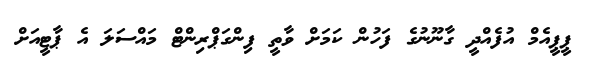
ޕީޕީއެމް އުފެއްދީ ގާނޫނުގެ ފަހުން ކަމަށް ވާތީ ފިންގަޕްރިންޓް މައްސަލަ އެ ޕާޓީއަށް